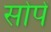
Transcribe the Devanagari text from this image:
सोपें